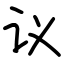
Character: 议